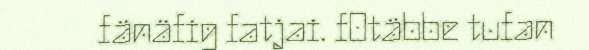
fänäfig fatjai. fOtäbbe tufan